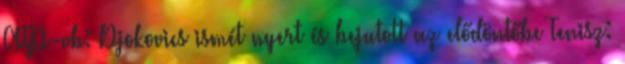
ATP-vb: Djokovics ismét nyert és bejutott az elődöntőbe Tenisz: